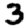
Digit: 3